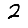
Digit: 2